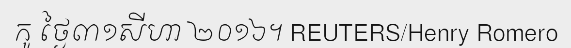
កូ ថ្ងៃ៣១សីហា ២០១៦។ REUTERS/Henry Romero